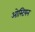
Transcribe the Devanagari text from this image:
ओस्टियन